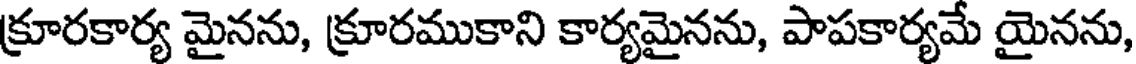
క్రూరకార్య మైనను, క్రూరముకాని కార్యమైనను, పాపకార్యమే యైనను,